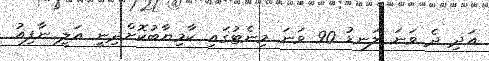
އަދި ދެ ވަނަ ލަނޑު 90 ވަނަ މިނެޓުގައި ކާމިޔާބުކޮށްދިނީ އަލީ ނާފިއު